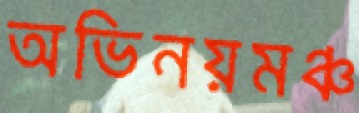
অভিনয়মঞ্চ